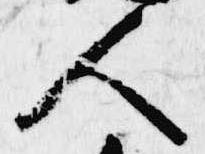
人